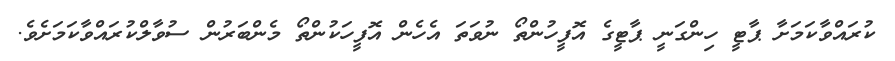
ކުރައްވާކަމަށާ ޕާޓީ ހިންގަނީ ޕާޓީގެ އޮފީހުންތޯ ނުވަތަ އެހެން އޮފީހަކުންތޯ މެންބަރުން ސުވާލްކުރައްވާކަމަށެވެ.